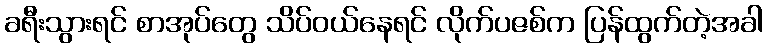
ခရီးသွားရင် စာအုပ်တွေ သိပ်ဝယ်နေရင် လိုက်ပဇစ်က ပြန်ထွက်တဲ့အခါ